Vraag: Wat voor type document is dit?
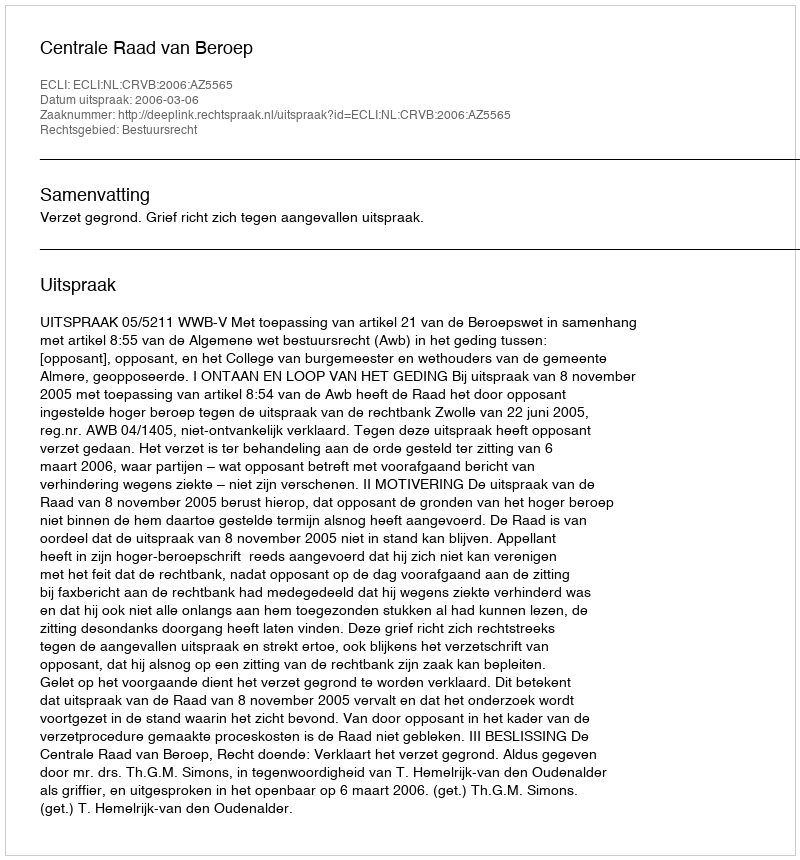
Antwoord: Uitspraak